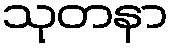
သုတနာ